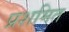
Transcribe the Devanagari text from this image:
प्रशमित